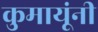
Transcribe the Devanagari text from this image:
कुमायूंनी